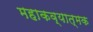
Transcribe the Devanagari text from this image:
महाकव्यात्मक